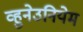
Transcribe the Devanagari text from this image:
व्हुनेउनियेम